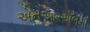
એનઆરએલની